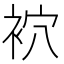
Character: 袕